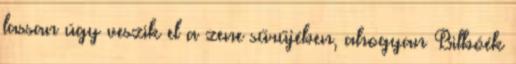
lassan úgy veszik el a zene sűrűjében, ahogyan Bilbóék